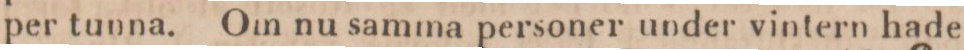
per tunna. Om nu samma personer under vintern hade